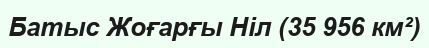
Батыс Жоғарғы Ніл (35 956 км²)